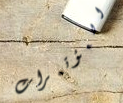
المؤتمرات